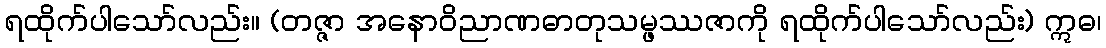
ရထိုက်ပါသော်လည်း။ (တဇ္ဇာ အနောဝိညာဏဓာတုသမ္ဖဿဇာကို ရထိုက်ပါသော်လည်း) ဣဓ၊